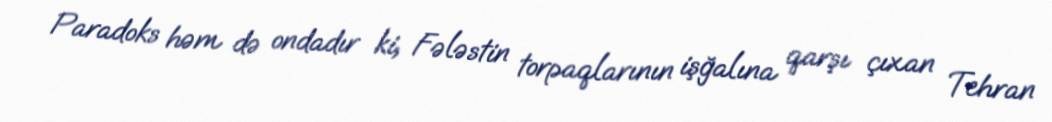
Paradoks həm də ondadır ki, Fələstin torpaqlarının işğalına qarşı çıxan Tehran